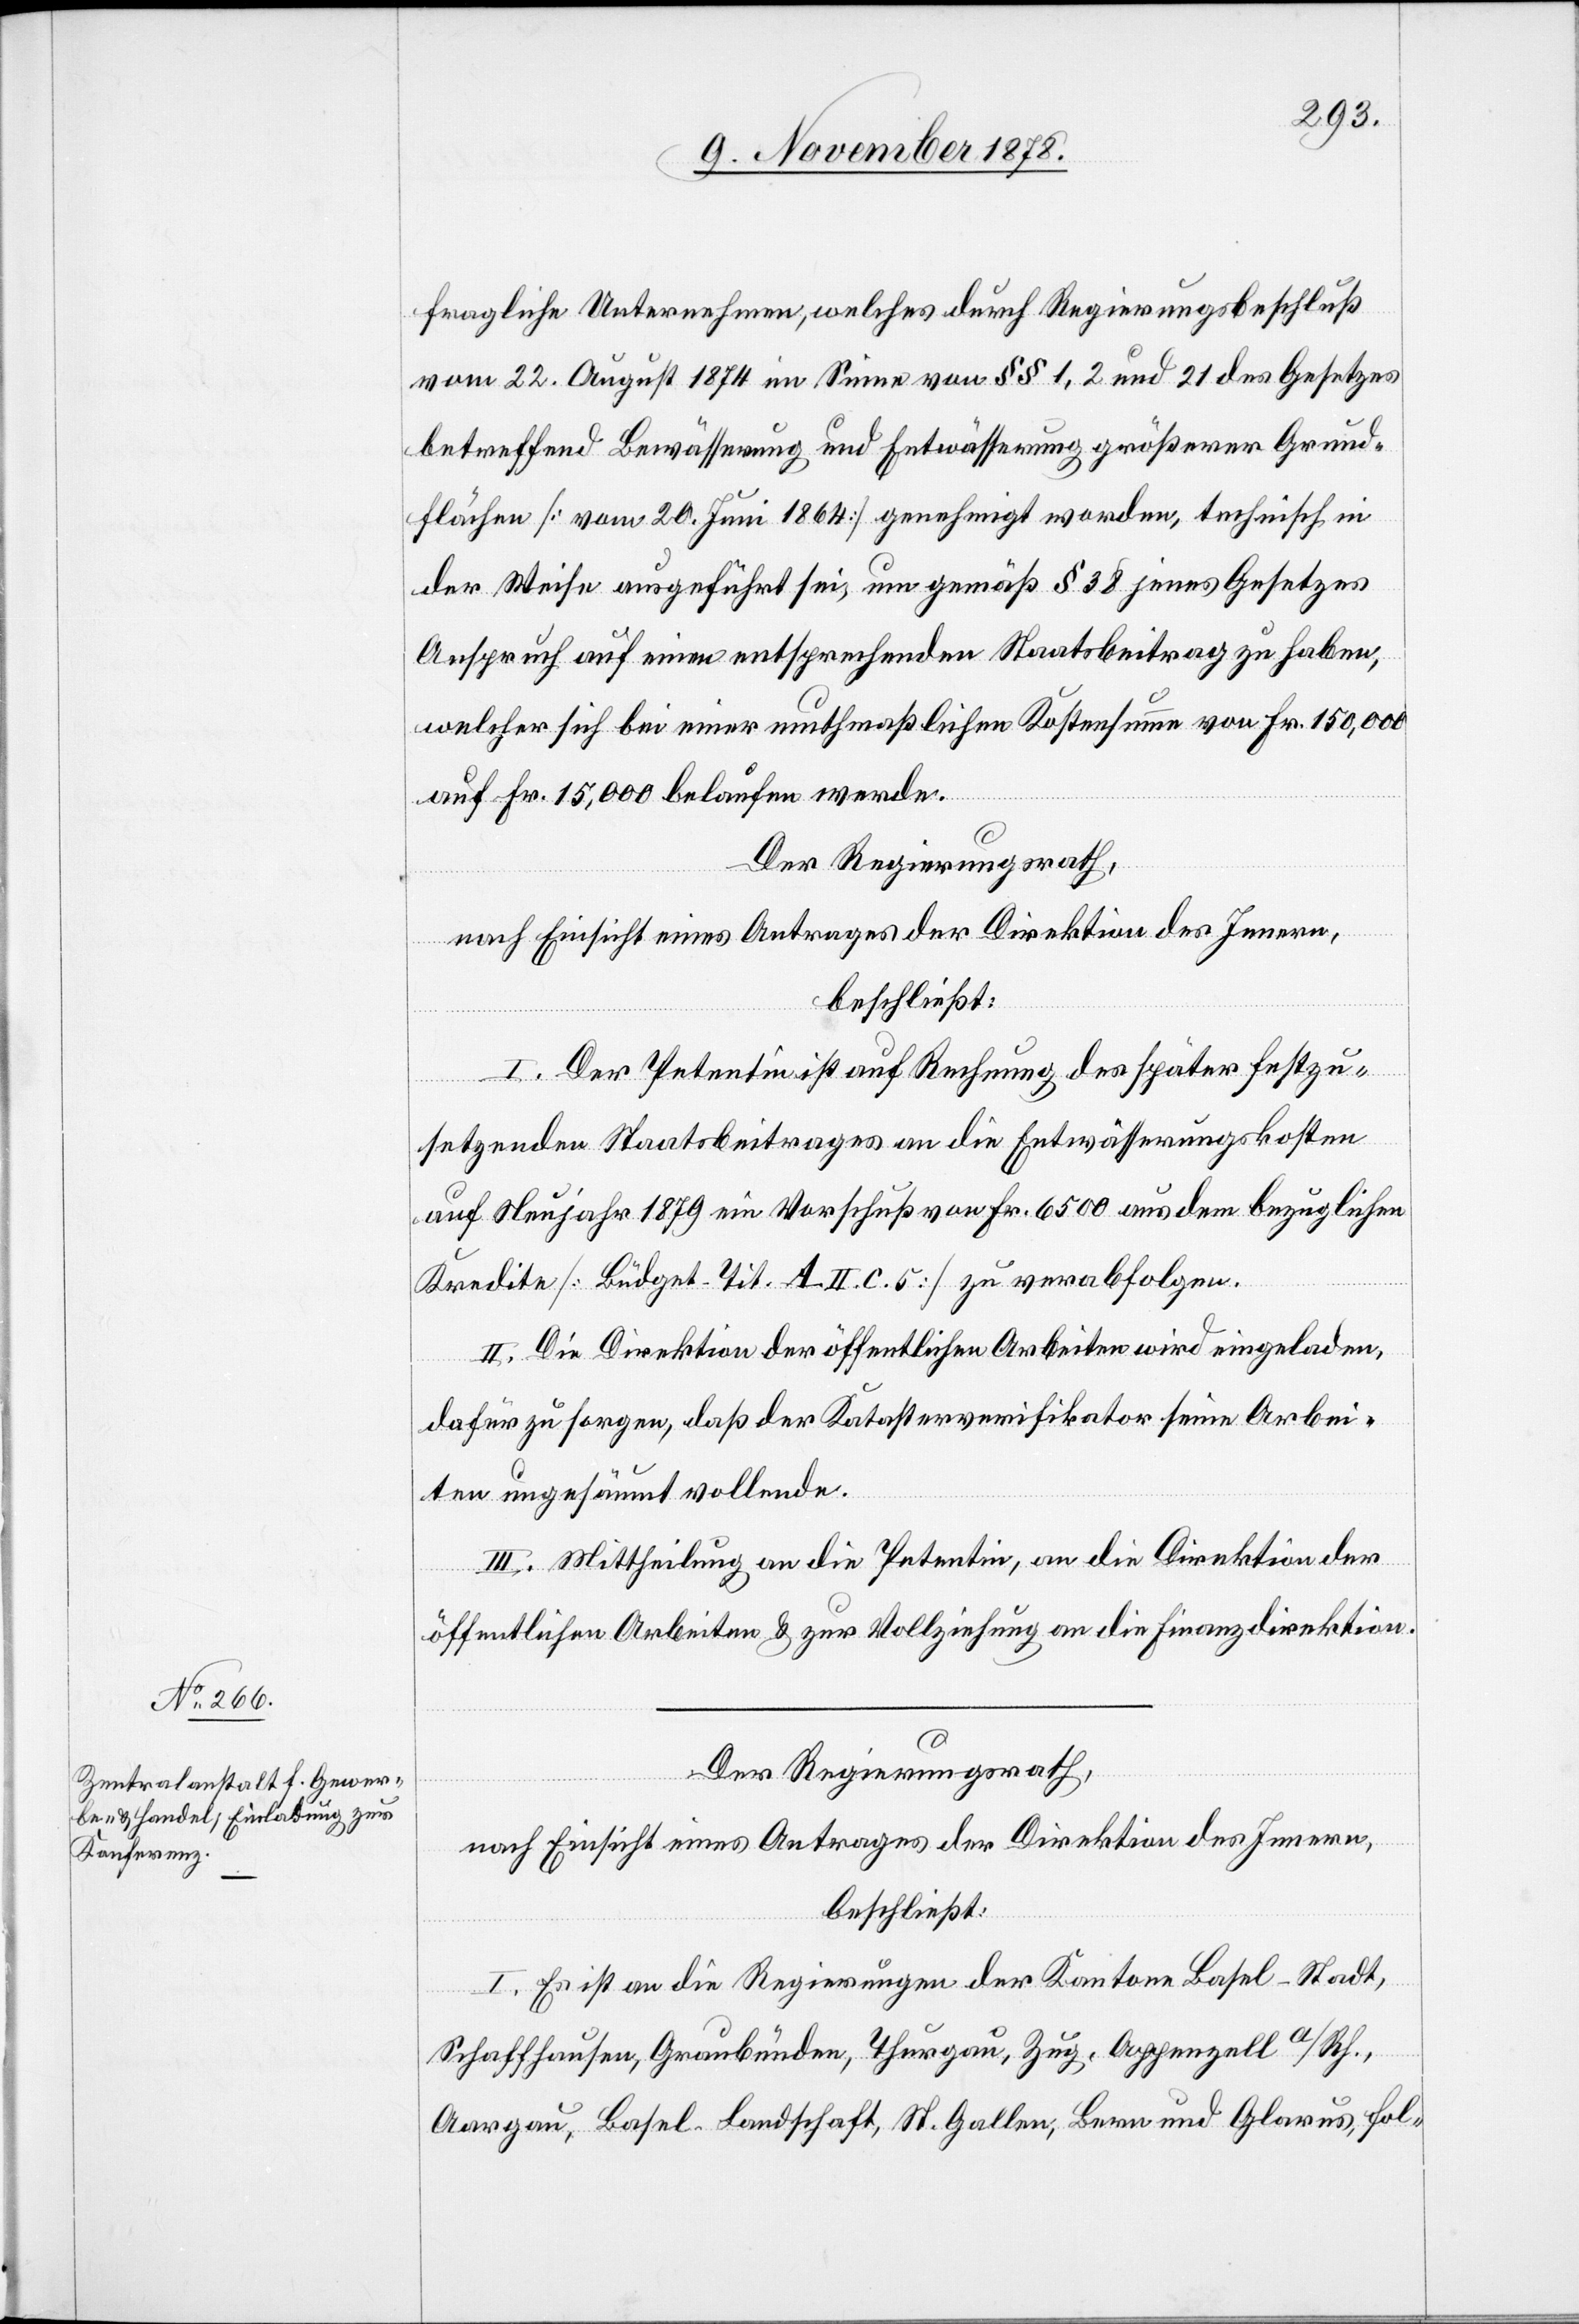
fragliche Unternehmen, welches durch Regierungsbeschluß
vom 22. August 1874 im Sinne von §§ 1, 2 und 21 des Gesetzes
betreffend Bewässerung und Entwässerung größerer Grund¬
flächen [vom 20. Juni 1864] genehmigt worden, technisch in
der Weise ausgeführt sei, um gemäß § 38 jenes Gesetzes
Anspruch auf einen entsprechenden Staatsbeitrag zu haben,
welcher sich bei einer muthmaßlichen Kostensumme von Fr. 150,000
auf Fr. 15,000 belaufen werden.
Der Regierungsrath,
nach Einsicht eines Antrages der Direktion des Innern,
beschließt:
I. Der Petentin ist auf Rechnung des später festzu¬
setzenden Staatsbeitrages an die Entwässerungskosten
auf Neujahr 1879 ein Vorschuß von Fr. 6500 aus dem bezüglichen
Kredite [Büdget Tit. A. II. C. 5] zu verabfolgen.
II. Die Direktion der öffentlichen Arbeiten wird eingeladen,
dafür zu sorgen, daß der Katasterverifikator seine Arbei¬
ten ungesäumt vollende.
III. Mittheilung an die Petentin, an die Direktion der
öffentlichen Arbeiten & zur Vollziehung an die Finanzdirektion.
Der Regierungsrath,
nach Einsicht eines Antrages der Direktion des Innern,
beschließt:
I. Es ist an die Regierungen der Kantone Basel-Stadt,
Schaffhausen, Graubünden, Thurgau, Zug, Appenzell a/Rh.,
Aargau, Basel-Landschaft, St. Gallen, Bern und Glarus, fol-